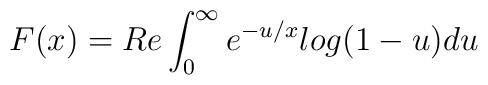
F(x)=Re\int_0^{\infty}{e^{-u/x}log(1-u)du}